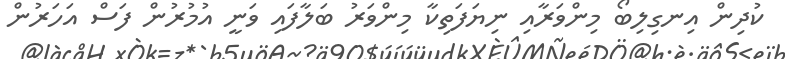
ކުދިން އިނގިލިބޯ މިންވަރާއި ނިޔަފަތިކާ މިންވަރު ބަލާފައި ވަނީ އުމުރުން ފަސް އަހަރުން